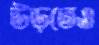
উড়তেও